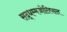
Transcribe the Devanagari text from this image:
सद्धम्मजोतिपाल